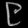
Digit: ၉